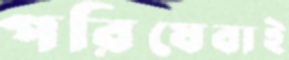
পরিষেবাই